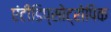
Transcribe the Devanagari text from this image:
एंटीडिप्सोट्रोपिक